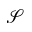
\mathcal { S }